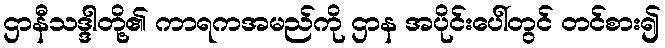
ဌာနီသဒ္ဒါတို့၏ ကာရကအမည်ကို ဌာန အပိုင်းပေါ်တွင် တင်စား၍